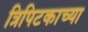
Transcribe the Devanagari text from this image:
त्रिपिटकाच्या